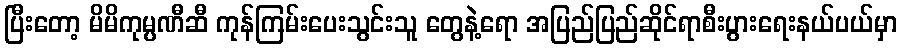
ပြီးတော့ မိမိကုမ္ပဏီဆီ ကုန်ကြမ်းပေးသွင်းသူ တွေနဲ့ရော အပြည်ပြည်ဆိုင်ရာစီးပွားရေးနယ်ပယ်မှာ